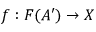
f : F ( A ^ { \prime } ) \to X